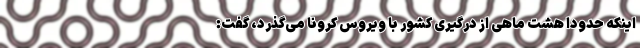
اینکه حدوداً هشت ماهی از درگیری کشور با ویروس کرونا می‌گذرد، گفت: